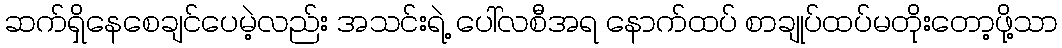
ဆက်ရှိနေစေချင်ပေမဲ့လည်း အသင်းရဲ့ ပေါ်လစီအရ နောက်ထပ် စာချုပ်ထပ်မတိုးတော့ဖို့သာ